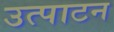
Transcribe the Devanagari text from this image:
उत्पाटन